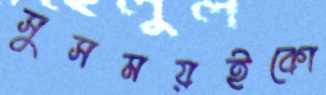
সুসময়ইকো